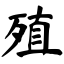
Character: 殖